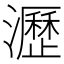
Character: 瀝